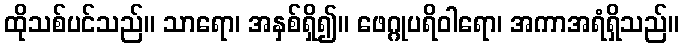
ထိုသစ်ပင်သည်။ သာရော၊ အနှစ်ရှိ၍။ ဖေဂ္ဂုပရိဝါရော၊ အကာအရံရှိသည်။